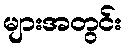
များအတွင်း